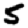
Digit: 5